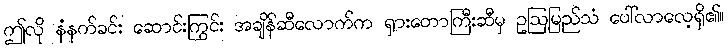
ဤလို နံနက်ခင်း ဆောင်းကြွင်း အချိန်ဆီလောက်က ရှားတောကြီးဆီမှ ဥဩမြည်သံ ပေါ်လာလေ့ရှိ၏။